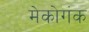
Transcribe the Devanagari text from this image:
मेकोगंक